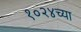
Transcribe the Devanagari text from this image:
१०२४च्या